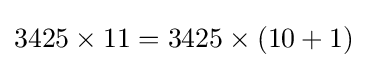
3425\times 11=3425\times (10+1)